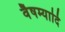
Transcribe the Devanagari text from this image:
वैषम्यादि